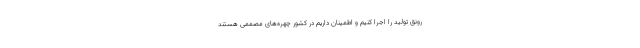
رونق تولید را اجرا کنیم و اطمینان داریم در کشور چهره‌های مصممی هستند